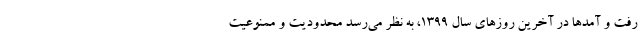
رفت و آمدها در آخرین روزهای سال ۱۳۹۹، به نظر می‌رسد محدودیت و ممنوعیت